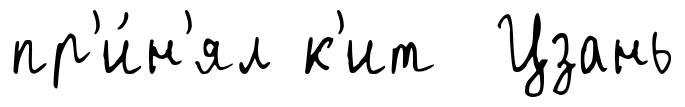
пр'и́н'ял к'ит Цзань